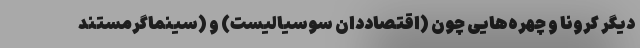
دیگر کرونا و چهره‌هایی چون (‌اقتصاددان سوسیالیست) و (سینماگرمستند